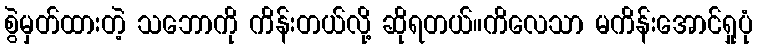
စွဲမှတ်ထားတဲ့ သဘောကို ကိန်းတယ်လို့ ဆိုရတယ်။ကိလေသာ မကိန်းအောင်ရှုပုံ